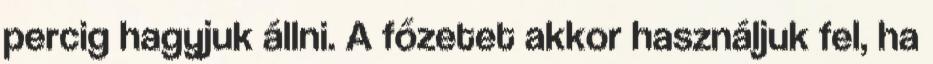
percig hagyjuk állni. A főzetet akkor használjuk fel, ha